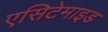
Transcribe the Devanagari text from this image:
एसिटेमाइड